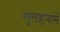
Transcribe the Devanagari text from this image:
सुलहनामें